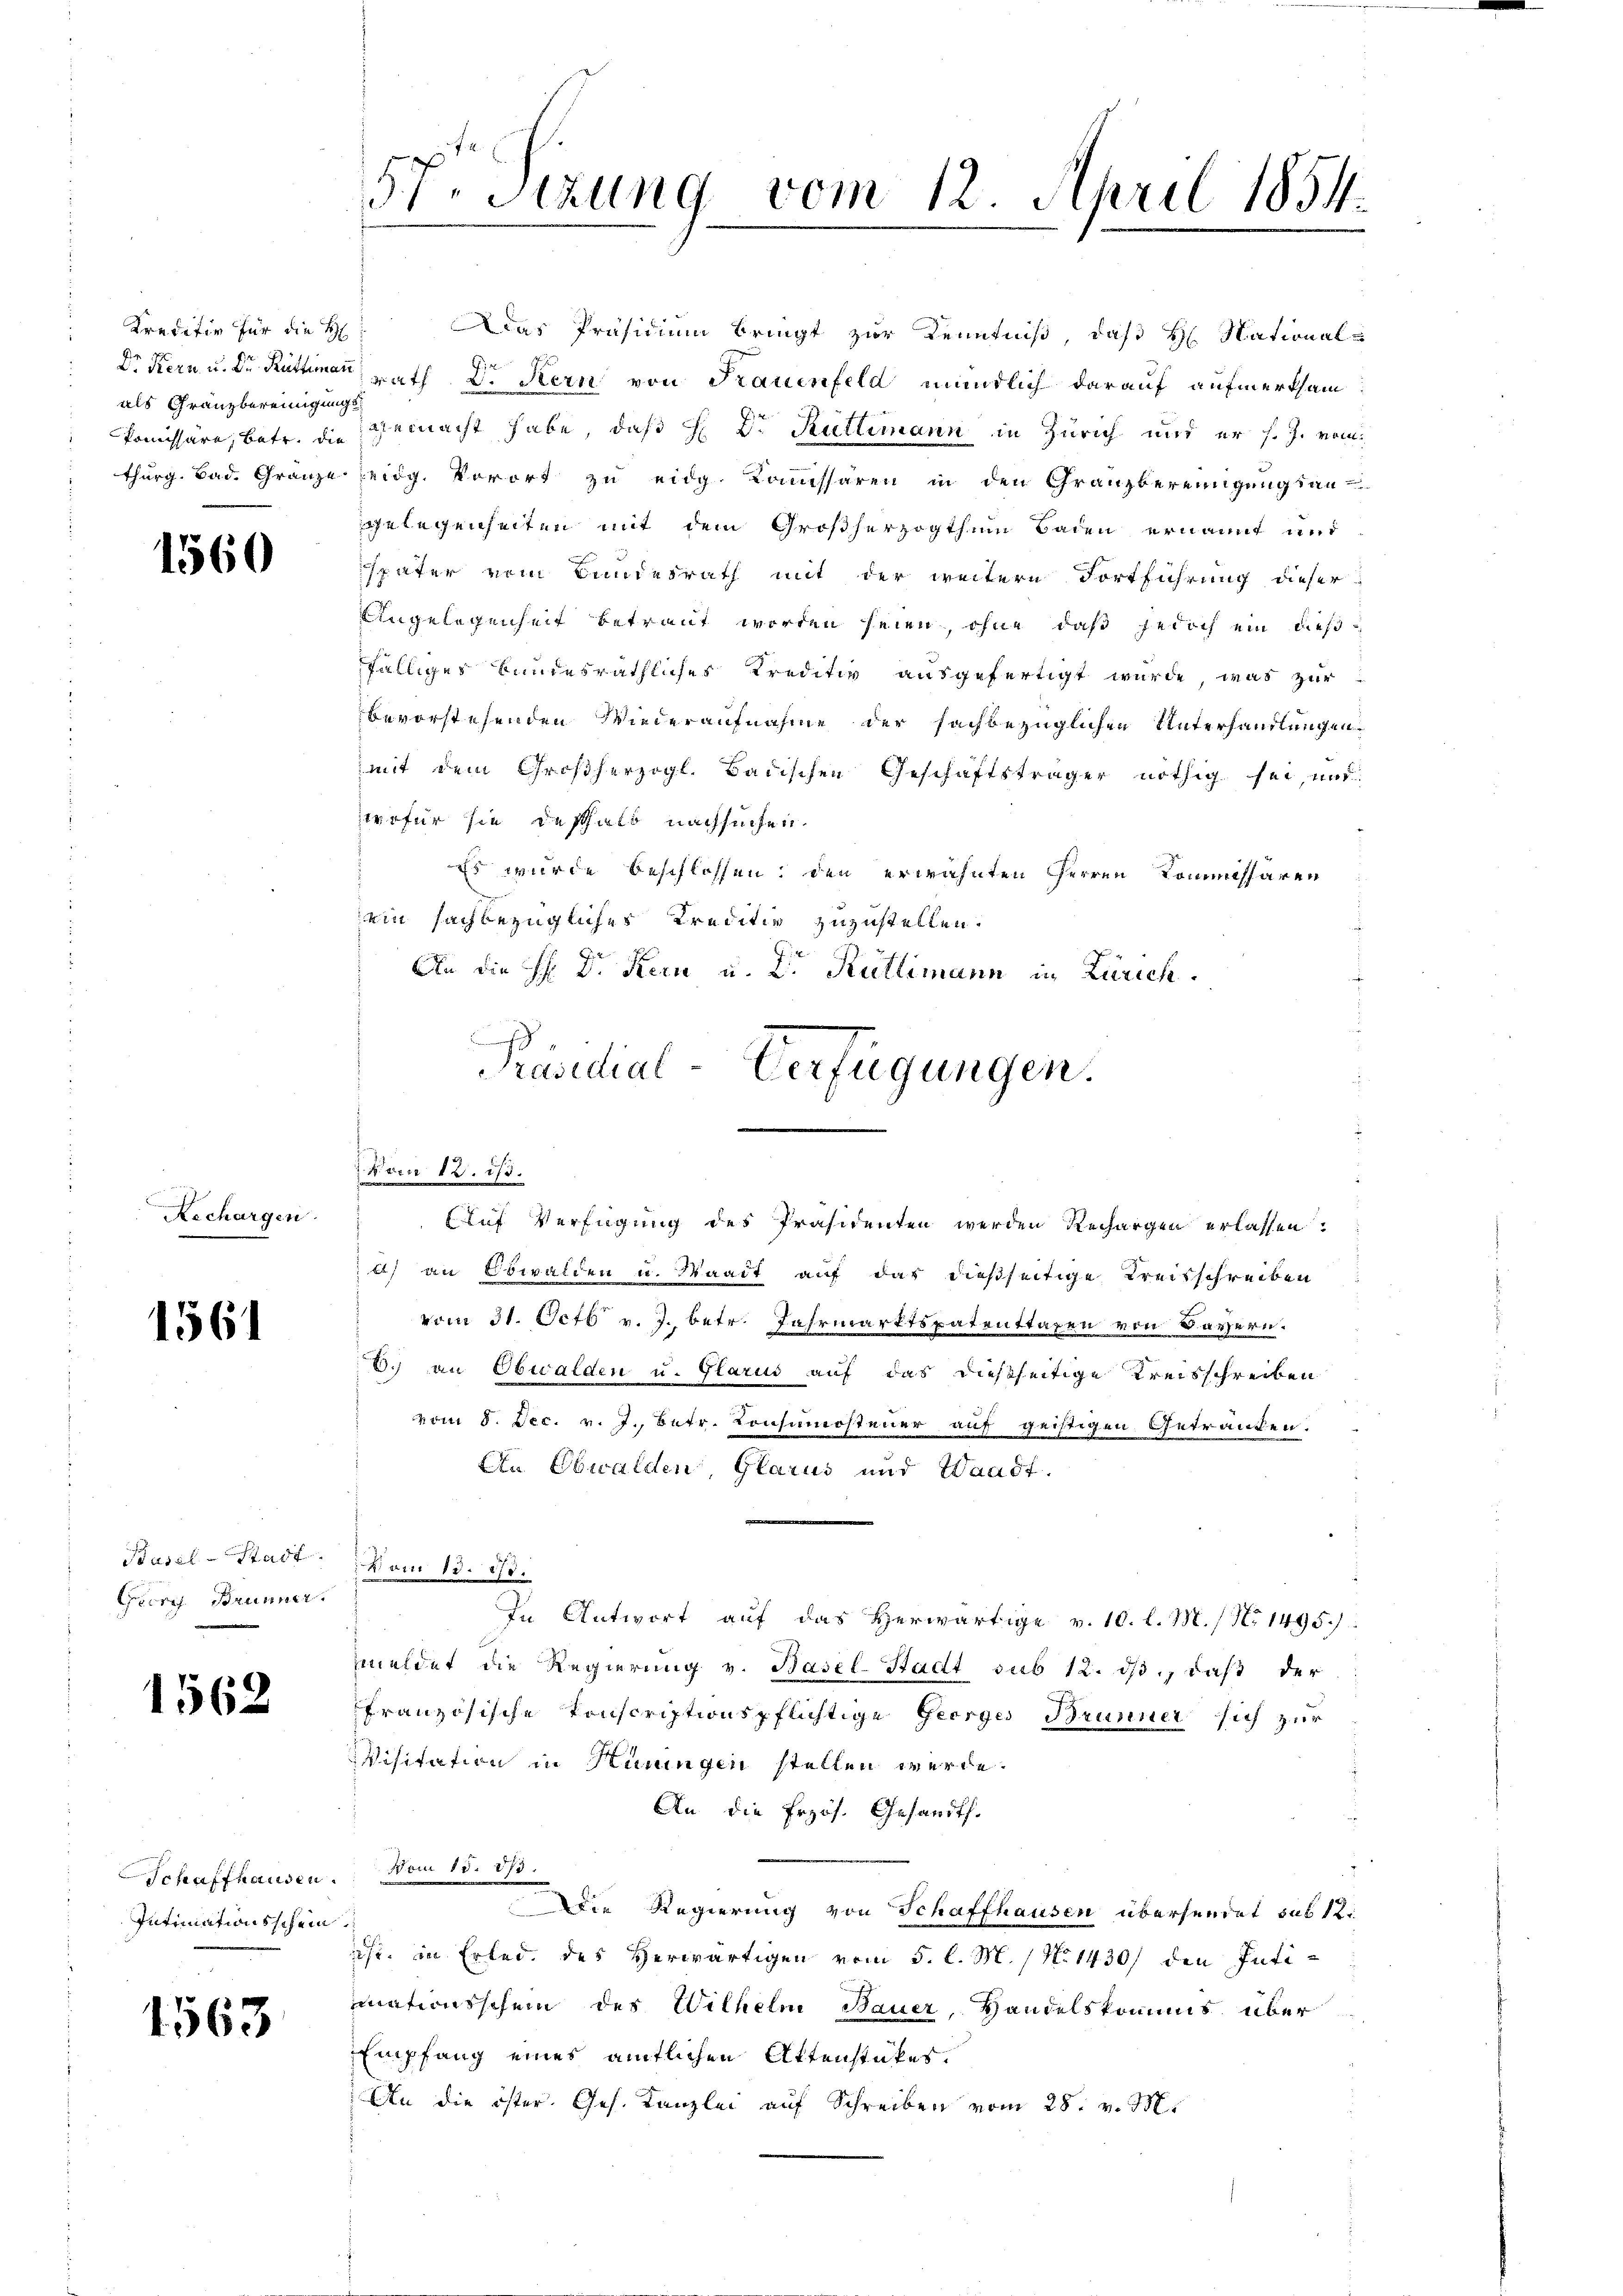
Kreditiv für die H
als Franzbereinigung

1560

Rechargen.

1561

Geeres Brunner.

1562

Schaffhausen.
Intimationsschein

1563

Das Präsidium bringt zur Kenntniß, daß H. National-
Dr Kern u. Dr. Rüttim rath Dr Kern von Frauenfeld mündlich darauf aufmerksam
komissäre, betr. die gemacht habe, daß H Dr. Rüttimann in Zürich und er s. J. vom
thurg. Bad. Gränze Leidg. Vorort zu eidg. Kommissären in den Granzbereinigungsan
elegenheiten mit dem Großherzogthumm Baden ernannt und
später von Bundesrath mit der weitere Fortführung dieser
Angelegenheit betraut worden seien, ohne daß jedoch ein dießfälliges bundesräthliches Kreditiv ausgefertigt wurde, was zur
bevorstehenden Wiederaufnahme der sachbezüglichen Unterhandlungen
mit dem Großherzogl. Badischen Geschäftsträger nöthig sei, und
wofür sie deshalb nachsuchen.
Es wurde beschlossen: den erwähnten Herren Kommissären
ein sachbezügliches Kreditiv zuzustellen.
An die H: Dr. Kern u. Dr. Rüttimann in Zürich.
x
Auf Verfügung des Präsidenten werden Rechargen erlassen.
d) an Obwalden u. Waadt auf das dießseitige Kreisschreiben
vom 31. Octb. v. J. betr. Jahrmarktspatenttagen von Bayern.
E.) an Obwalden u. Glarus auf das dießseitige Kreisschreiben
vom 8. Dec. v. J., betr. Konsumsteuer auf geistigen Getränken.
An Ebwalden, Glarus und Waadt.
Basel-Stadt vom 13. ist.
In Antwort auf das herwärtige v. 10. l. M. / Nr 1495.
meldet die Regierung v. Basel-Stadt sub 12. ds., daß der
französische Konscriptionspflichtige Georges Brunner sich zur
Visitation in Hüningen stellen werde.
An die frzös. Gesandts.
Nom 15. 873.
Die Regierung von Schaffhausen übersendet sub 12
ist, in Erlede des Herwärtigen vom 5. l. M. / No 1430) den Intimationsschein des Wilhelm Bauer, Handelskommis über
Empfang eines amtlichen Attenstükes.
An die öster Ges. Kanzlei auf Schreiben vom 28. v. M.

57. Sitzung vom 12. April 1854.

Danr 12. ist.

Präsidial-Verfügungen.